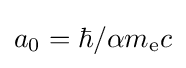
a_{0}=\hbar /\alpha m_{\text{e}}c